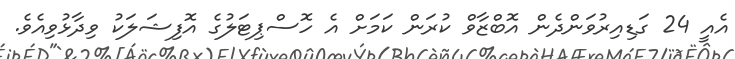
އެއީ 24 ގަޑިއިރުވަންދެން އޮބްޒާވް ކުރަން ކަަމަށް އެ ހޮސްޕިޓަލުގެ އޮފިޝަލަކު ވިދާޅުވިއެވެ.